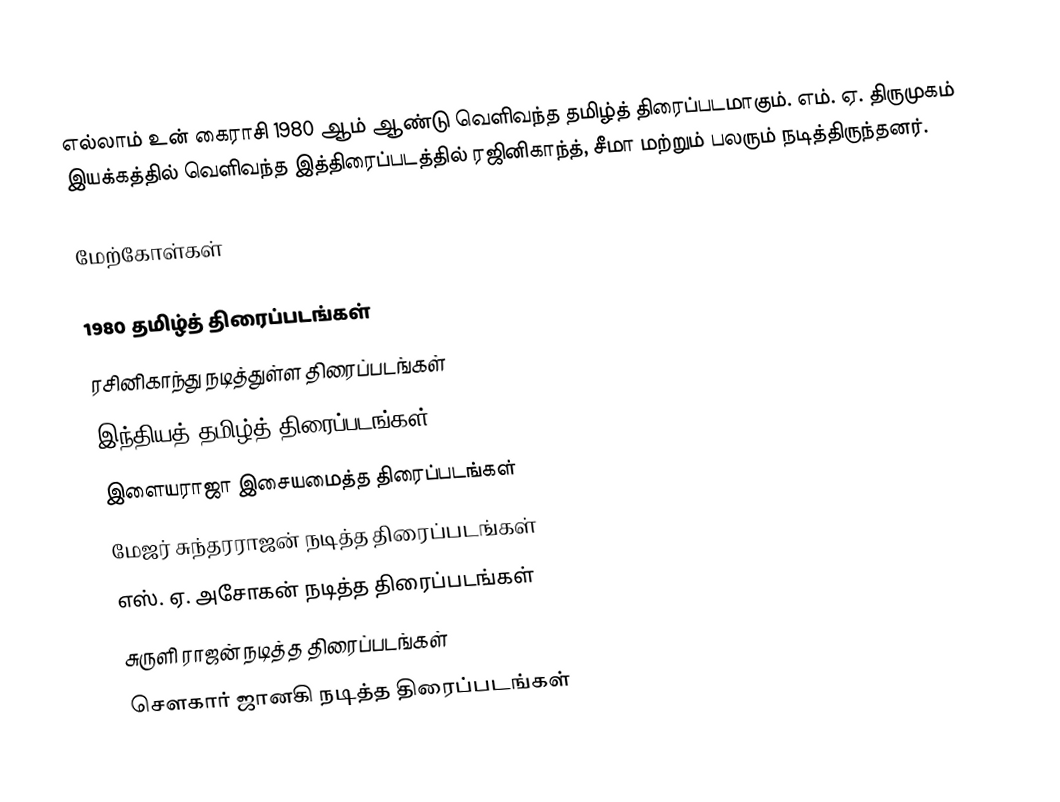
எல்லாம் உன் கைராசி 1980 ஆம் ஆண்டு வெளிவந்த தமிழ்த் திரைப்படமாகும். எம். ஏ. திருமுகம் இயக்கத்தில் வெளிவந்த இத்திரைப்படத்தில் ரஜினிகாந்த், சீமா மற்றும் பலரும் நடித்திருந்தனர்.

மேற்கோள்கள்

1980 தமிழ்த் திரைப்படங்கள்
ரசினிகாந்து நடித்துள்ள திரைப்படங்கள்
இந்தியத் தமிழ்த் திரைப்படங்கள்
இளையராஜா இசையமைத்த திரைப்படங்கள்
மேஜர் சுந்தரராஜன் நடித்த திரைப்படங்கள்
எஸ். ஏ. அசோகன் நடித்த திரைப்படங்கள்
சுருளி ராஜன் நடித்த திரைப்படங்கள்
சௌகார் ஜானகி நடித்த திரைப்படங்கள்